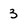
Character: 3